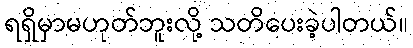
ရရှိမှာမဟုတ်ဘူးလို့ သတိပေးခဲ့ပါတယ်။